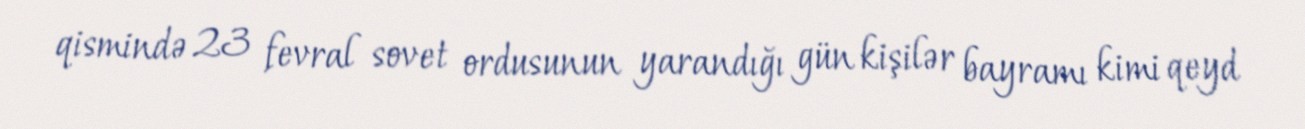
qismində 23 fevral sovet ordusunun yarandığı gün kişilər bayramı kimi qeyd